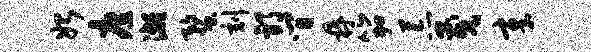
始庶漓蝥刻邪间鼎笳荒茂章